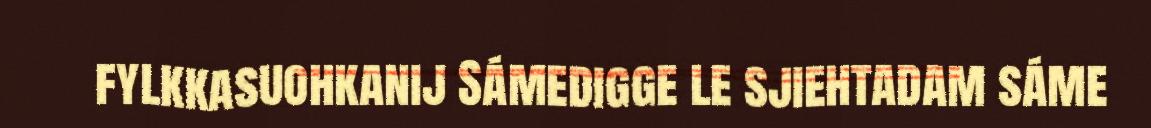
fylkkasuohkanij Sámedigge le sjiehtadam sáme